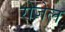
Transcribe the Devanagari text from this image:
रोज़ेल